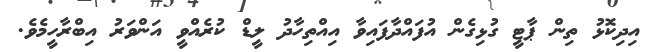
އިދިކޮޅު ތިން ޕާޓީ ގުޅިގެން އުފައްދާފައިވާ އިއްތިހާދު ލީޑް ކުރެއްވީ އަންވަރު އިބްރާހީމެވެ.